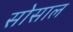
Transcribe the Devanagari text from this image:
सोसाल